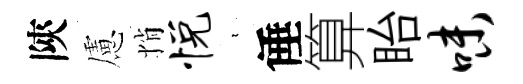
陝慮悄悦裊倕算眙味